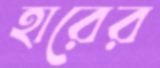
হারের